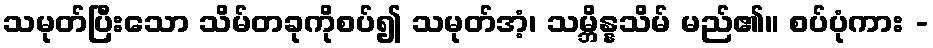
သမုတ်ပြီးသော သိမ်တခုကိုစပ်၍ သမုတ်အံ့၊ သမ္ဘိန္နသိမ် မည်၏။ စပ်ပုံကား -